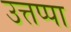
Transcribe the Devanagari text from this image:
उत्तप्पा